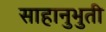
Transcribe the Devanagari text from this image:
साहानुभुती